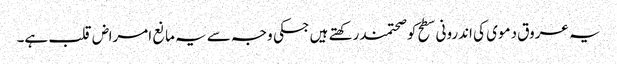
یہ عروق دموی کی اندرونی سطح کوصحتمند رکھتے ہیں جسکی وجہ سے یہ مانع امراض قلب ہے۔